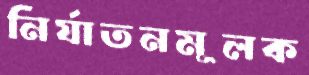
নির্যাতনমূলক